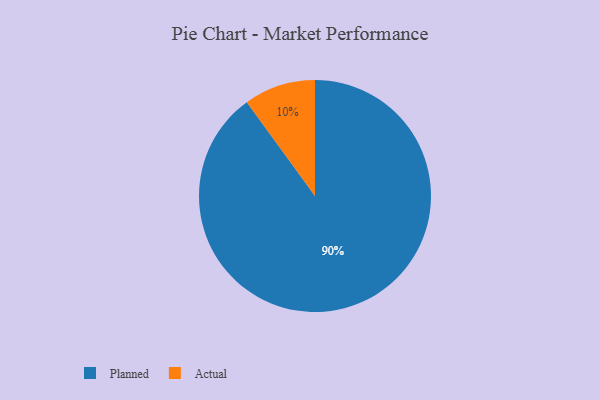
{"axis": {"x": "Category", "y": "Percentage"}, "legend": ["Actual", "Planned"], "data": [{"x": "Actual", "y": 10, "type": "Actual"}, {"x": "Planned", "y": 90, "type": "Planned"}]}